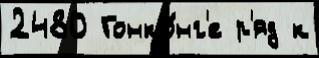
2480 Гонко́нг'е р'яд к